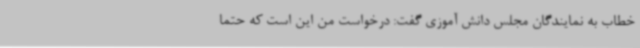
خطاب به نمایندگان مجلس دانش آموزی گفت: درخواست من این است که حتما